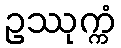
ဥဿုက္ကံ